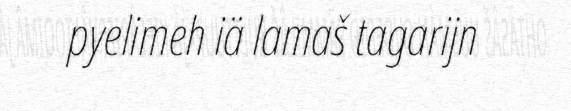
pyelimeh iä lamaš tagarijn